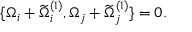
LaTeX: \{ \Omega _ { i } + \widetilde { \Omega } _ { i } ^ { ( 1 ) } , \Omega _ { j } + \widetilde { \Omega } _ { j } ^ { ( 1 ) } \} = 0 .